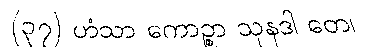
(၃၇) ဟံသာ ကောဉ္စာ သုနဒါ တေ၊